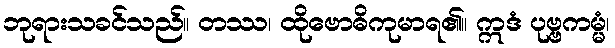
ဘုရားသခင်သည်။ တဿ၊ ထိုဗောဓိကုမာရ၏။ ဣဒံ ပုဗ္ဗကမ္မံ၊